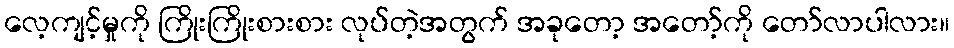
လေ့ကျင့်မှုကို ကြိုးကြိုးစားစား လုပ်တဲ့အတွက် အခုတော့ အတော့်ကို တော်လာပါလား။